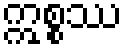
ဣစ္စဿ